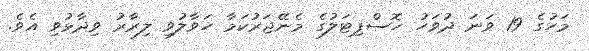
މަހުގެ 19 ވަނަ ދުވަހު ހޮސްޕިޓަލުގެ މެނޭޖަރުކަމާ ހަވާލުވި ލިރާރު ވިދާޅުވި އެވެ.